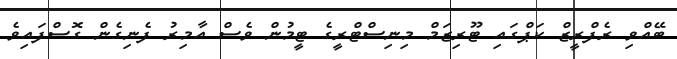
ބޭއްވި ރެފްރީޒް ކަޕްގައި ޓޫރިޒަމް މިނިސްޓްރީގެ ޓީމުން ވެސް އާމިރު ފެނިގެން ގޮސްފައިވެ